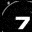
Digit: 7